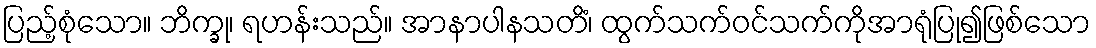
ပြည့်စုံသော။ ဘိက္ခု၊ ရဟန်းသည်။ အာနာပါနသတိံ၊ ထွက်သက်ဝင်သက်ကိုအာရုံပြု၍ဖြစ်သော